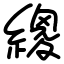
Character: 繌